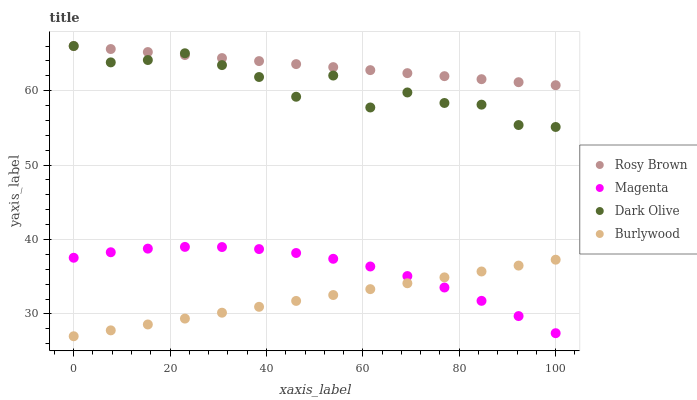
| xaxis_label | Rosy Brown | Magenta | Dark Olive | Burlywood |
 | --- | --- | --- | --- | --- |
 | 0 | 66 | 37.5 | 66 | 27 |
 | 7.69 | 65.6 | 38.3 | 63.8 | 27.8 |
 | 15.4 | 65.2 | 38.8 | 64.1 | 28.6 |
 | 23.1 | 64.8 | 39 | 65 | 29.4 |
 | 30.8 | 64.4 | 39 | 63.4 | 30.2 |
 | 38.5 | 64 | 38.7 | 61.8 | 31 |
 | 46.2 | 63.6 | 38.2 | 59.2 | 31.7 |
 | 53.8 | 63.2 | 37.4 | 62 | 32.5 |
 | 61.5 | 62.8 | 36.4 | 57.7 | 33.3 |
 | 69.2 | 62.4 | 35.1 | 59.8 | 34.1 |
 | 76.9 | 61.9 | 33.5 | 58.3 | 34.9 |
 | 84.6 | 61.5 | 31.8 | 58.1 | 35.7 |
 | 92.3 | 61.1 | 29.7 | 55.4 | 36.5 |
 | 100 | 60.7 | 27.4 | 55.1 | 37.3 |